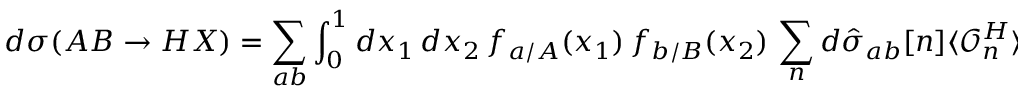
d \sigma ( A B \to H X ) = \sum _ { a b } \int _ { 0 } ^ { 1 } d x _ { 1 } \, d x _ { 2 } \, f _ { a / A } ( x _ { 1 } ) \, f _ { b / B } ( x _ { 2 } ) \, \sum _ { n } d \hat { \sigma } _ { a b } [ n ] \langle { \mathcal O } _ { n } ^ { H } \rangle .